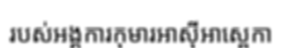
របស់អង្គការកុមារអាស៊ីអាស្ពេកា